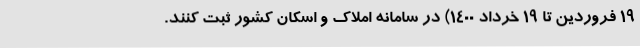
۱۹ فروردین تا ۱۹ خرداد ۱۴۰۰) در سامانه املاک و اسکان کشور ثبت کنند.